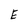
Character: E